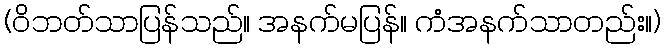
(ဝိဘတ်သာပြန်သည်။ အနက်မပြန်။ ကံအနက်သာတည်း။)